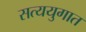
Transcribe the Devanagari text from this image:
सत्ययुगात